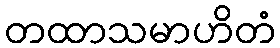
တထာသမာဟိတံ